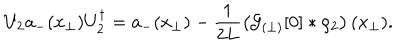
LaTeX: U _ { 2 } a _ { - } ( x _ { \perp } ) U _ { 2 } ^ { \dagger } = a _ { - } ( x _ { \perp } ) - \frac { 1 } { 2 L } \left( { \cal G } _ { ( \perp ) } [ 0 ] \ast \rho _ { 2 } \right) ( x _ { \perp } ) .